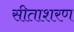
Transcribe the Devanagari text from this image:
सीताशरण